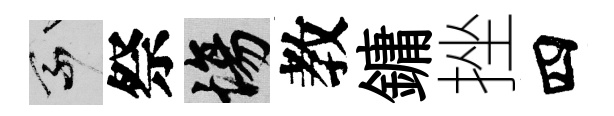
乘祭場教鏞挫四